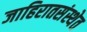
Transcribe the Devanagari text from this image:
जाहिरातसंस्थेत